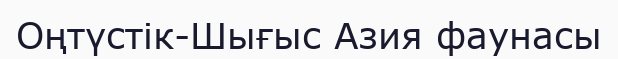
Оңтүстік-Шығыс Азия фаунасы